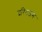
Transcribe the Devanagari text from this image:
दरिद्रजन